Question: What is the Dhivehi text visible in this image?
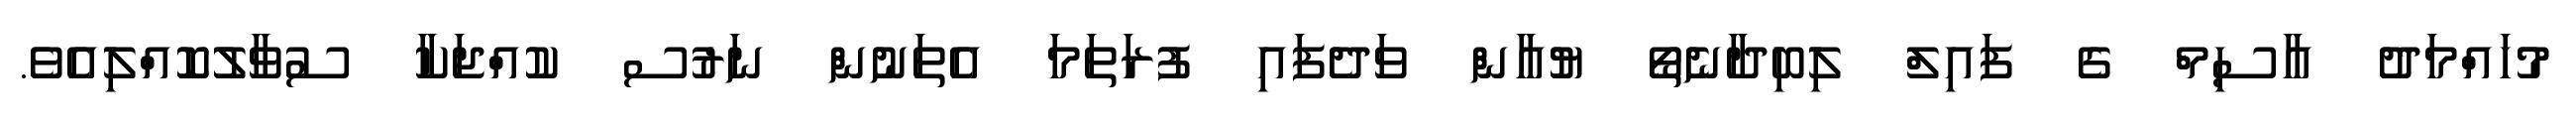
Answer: މުހައްމަދު އާސިމް ގެ ފައިލް ލިބިދާނެތޯ ޔުއާން ވަދެފައި ފުރަތަމަ އެތަނުން ނަރުސ ކުއްޖަކާ ސުވާލުކޮއްލިއެވެ.